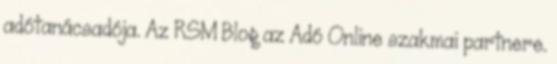
adótanácsadója. Az RSM Blog az Adó Online szakmai partnere.